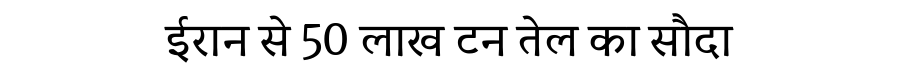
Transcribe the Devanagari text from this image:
ईरान से 50 लाख टन तेल का सौदा